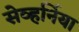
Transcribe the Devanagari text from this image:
सेव्हर्निया